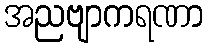
အညဗျာကရဏာ